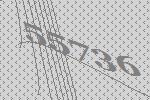
55736